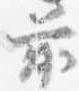
前